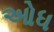
ઓધ